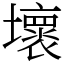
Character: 壞